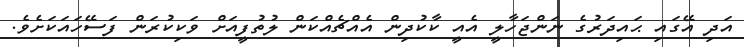
އަދި އޭގައި ޙައިދަރުގެ ނަންޖަހާލީ އެއީ ކާކުދިން އެއްޗެއްކަން ލުތުފީއަށް ވަކިކުރަން ފަސޭހައަކަށެވެ.